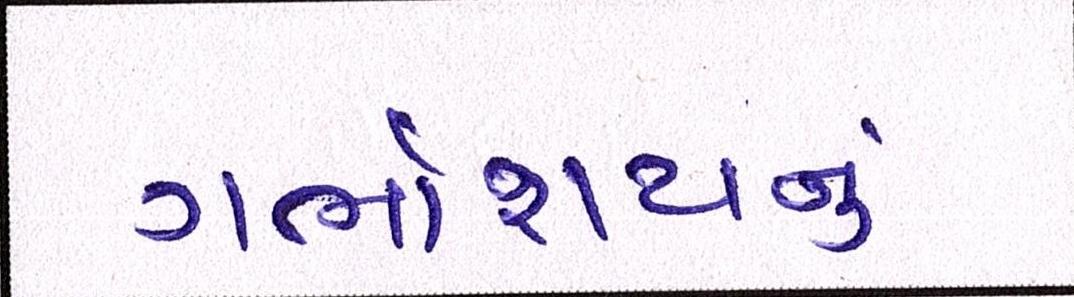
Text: ગર્ભાશયનું